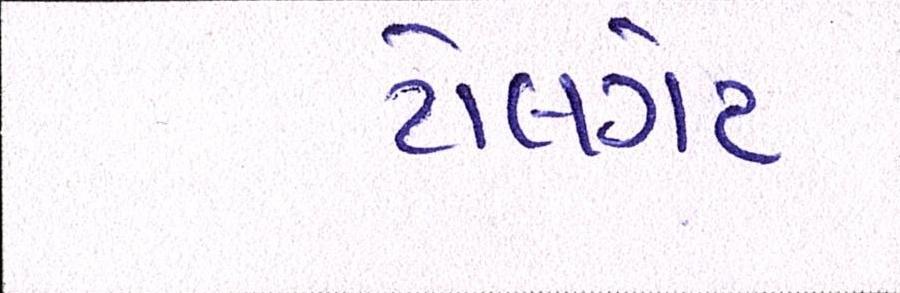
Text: ટોલગેટ